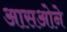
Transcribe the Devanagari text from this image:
आसओने